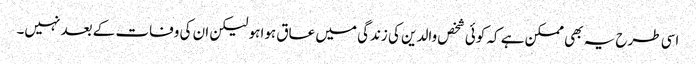
اسی طرح یہ بھی ممکن ہے کہ کوئی شخص والدین کی زندگی میں عاق ہوا ہو لیکن ان کی وفات کے بعد نہیں۔